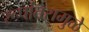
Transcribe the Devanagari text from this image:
रूपांतरामुळे